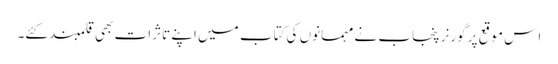
اِس موقع پر گورنر پنجاب نے مہمانوں کی کتاب میں اپنے تاثرات بھی قلمبند کئے۔